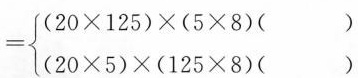
$$= \left\{ \begin{matrix}(20 \times 125)\times(5 \times 8)( )\\(20 \times 5)\times(125 \times 8)(\\ \end{matrix} \right( )$$